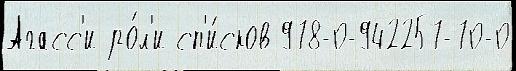
Агасс'и ро́л'и сп'и́сков 978-0-942257-70-0